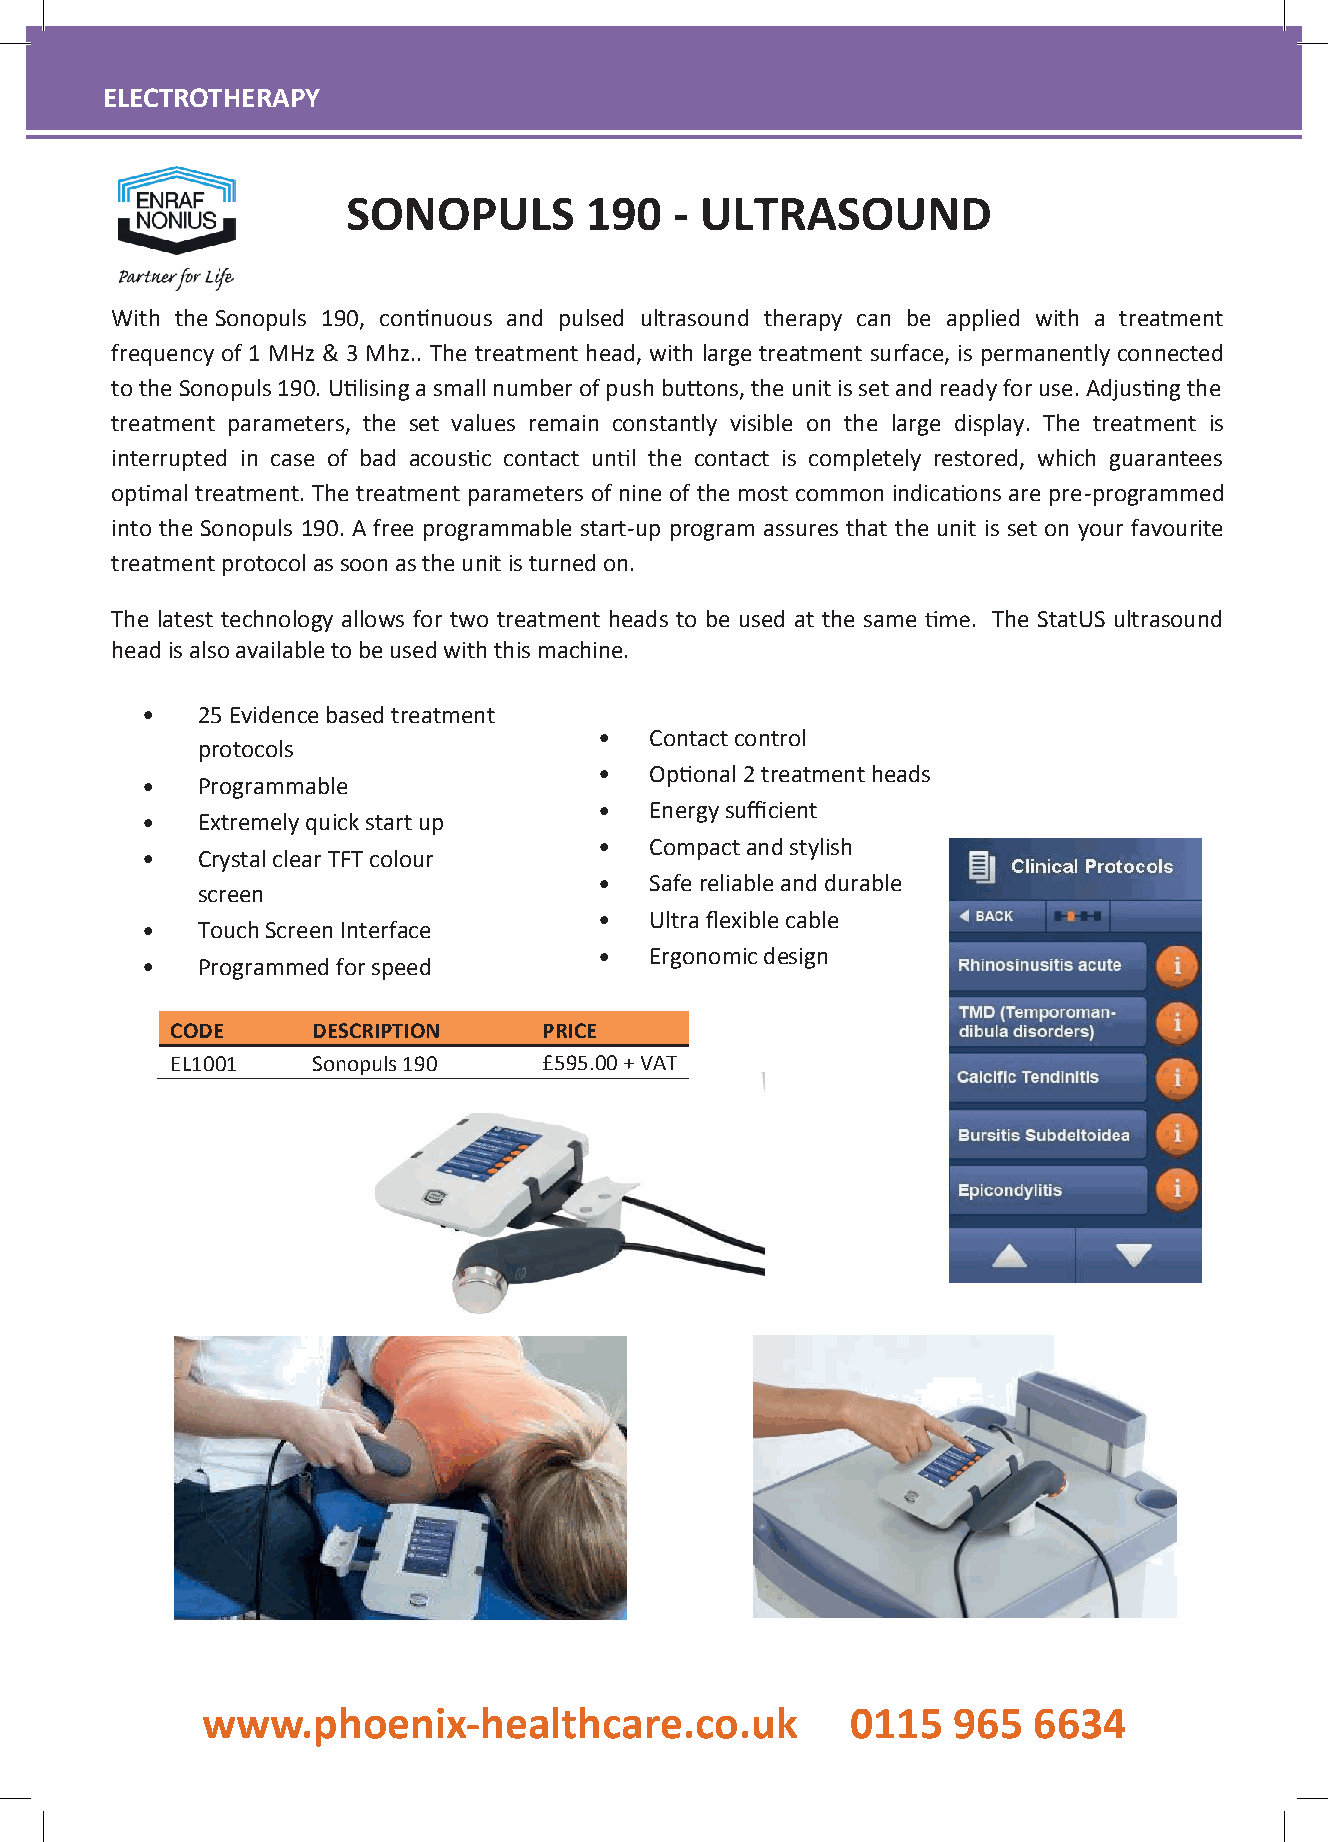
EELLEECCTTRROOTTHHEERRAAPPYY
 ELECTROTHERAPY
 SONOPULS        190   - ULTRASOUND
 With theSonopuls 190, con nuous and pulsed ultrasound therapy can be applied with a treatment
 frequency of 1 MHz & 3 Mhz.. The treatment head, with large treatment surface, is permanently connected
 totheSonopuls190.U lisingasmallnumberofpushbu ons,theunitissetandready foruse.Adjus ngthe
 treatment parameters, the set values remain constantly visible on the large display. The treatment is
 interrupted in case of bad acous c contact un l the contact is completely restored, which guarantees
 op  al treatment. The treatment parameters of nine of the most common indica ons are pre-programmed
 into the Sonopuls 190. A free programmable start-up program assures that the unit is set on your favourite
 treatmentprotocolassoonastheunitisturnedon.
 The latest technology allows for two treatment heads to be used at the same . The StatUS ultrasound
 headisalsoavailabletobeusedwiththismachine.
 •   25Evidencebasedtreatment
 •  Contactcontrol
 protocols
 •  Op onal2treatmentheads
 •   Programmable
 •  Energysufficient
 •   Extremelyquickstartup
 •  Compactandstylish
 •   CrystalclearTFTcolour
 •  Safereliableanddurable
 screen
 •  Ultraflexiblecable
 •   TouchScreenInterface
 •  Ergonomicdesign
 •   Programmedforspeed
 CODE      DESCRIPTION    PRICE
 EL1001    Sonopuls190    £595.00+VAT
 vc
 wwwwww..pphhooeenniixx--hheeaalltthhccaarree..ccoo..uukk 00111155 996655 66663344
 www.phoenix-healthcare.co.uk                 0115   965  6634